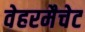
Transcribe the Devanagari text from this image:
वेहरमैचेट